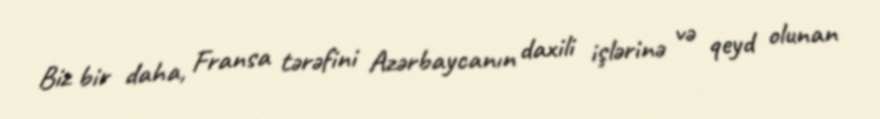
Biz bir daha, Fransa tərəfini Azərbaycanın daxili işlərinə və qeyd olunan